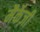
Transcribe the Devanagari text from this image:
मैर्केज़ी